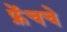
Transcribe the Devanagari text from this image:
फ्रेंचचे